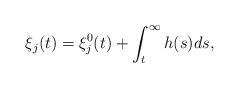
LaTeX: \begin{align*}\xi_j(t) = \xi_j^0(t) + \int_{t}^\infty h(s)ds,\end{align*}